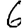
Digit: 6